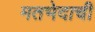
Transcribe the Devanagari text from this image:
मतभेदाची